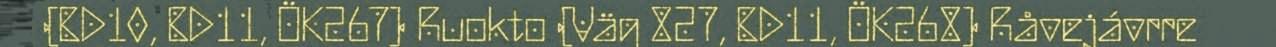
(BD10, BD11, ÖK267) Ruokto (Väg 827, BD11, ÖK268) Råvejávrre